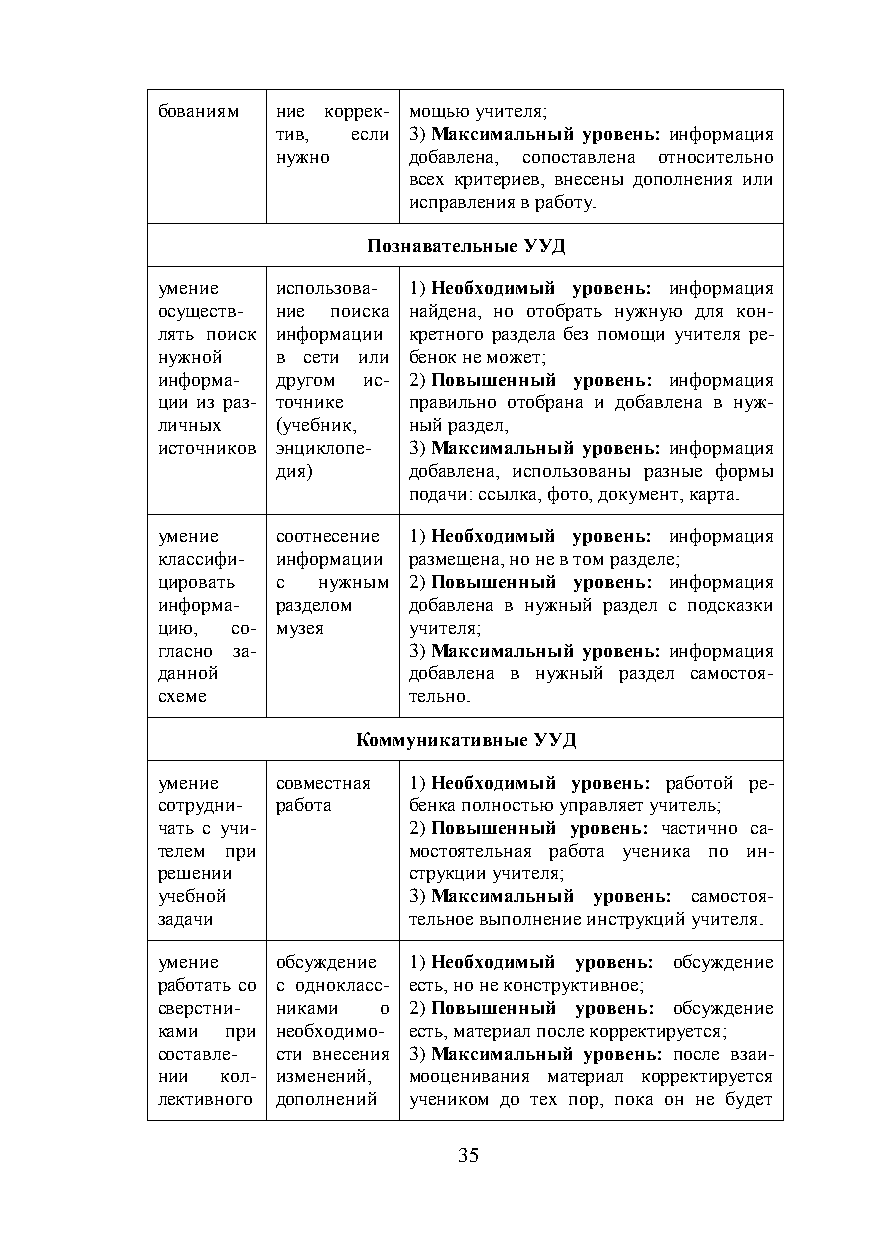
бованиям ние коррек- мощью учителя;
 тив, если 3) Максимальный уровень: информация
 нужно    добавлена, сопоставлена относительно
 всех критериев, внесены дополнения или
 исправления в работу.
 Познавательные УУД
 умение  использова- 1) Необходимый уровень: информация
 осуществ- ние поиска найдена, но отобрать нужную для кон-
 лять поиск информации кретного раздела без помощи учителя ре-
 нужной  в сети или бенок не может;
 информа- другом ис- 2) Повышенный уровень: информация
 ции из раз- точнике правильно отобрана и добавлена в нуж-
 личных  (учебник, ный раздел,
 источников энциклопе- 3) Максимальный уровень: информация
 дия)     добавлена, использованы разные формы
 подачи: ссылка, фото, документ, карта.
 умение  соотнесение 1) Необходимый уровень: информация
 классифи- информации размещена, но не в том разделе;
 цировать с нужным 2) Повышенный уровень: информация
 информа- разделом добавлена в нужный раздел с подсказки
 цию, со- музея   учителя;
 гласно за-       3) Максимальный уровень: информация
 данной           добавлена в нужный раздел самостоя-
 схеме            тельно.
 Коммуникативные УУД
 умение  совместная 1) Необходимый уровень: работой ре-
 сотрудни- работа бенка полностью управляет учитель;
 чать с учи-      2) Повышенный уровень: частично са-
 телем при        мостоятельная работа ученика по ин-
 решении          струкции учителя;
 учебной          3) Максимальный уровень: самостоя-
 задачи           тельное выполнение инструкций учителя.
 умение  обсуждение 1) Необходимый уровень: обсуждение
 работать со с однокласс- есть, но не конструктивное;
 сверстни- никами о 2) Повышенный уровень: обсуждение
 ками при необходимо- есть, материал после корректируется;
 составле- сти внесения 3) Максимальный уровень: после взаи-
 нии  кол- изменений, мооценивания материал корректируется
 лективного дополнений учеником до тех пор, пока он не будет
 35